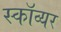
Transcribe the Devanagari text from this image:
स्काॅव्यर